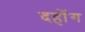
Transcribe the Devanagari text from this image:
दहोंग